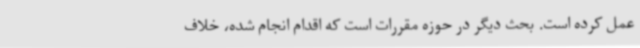
عمل کرده است. بحث دیگر در حوزه مقررات است که اقدام انجام شده، خلاف